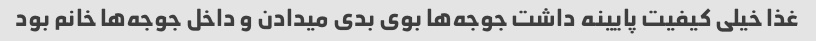
غذا خیلی کیفیت پایینه داشت جوجه‌ها بوی بدی میدادن و داخل جوجه‌ها خانم بود